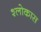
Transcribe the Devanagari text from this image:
श्लोकास